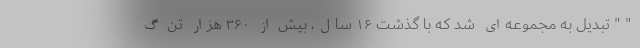
" " تبدیل به مجموعه‌ای شد که با گذشت ١۶ سال، بیش از ٣۶٠ هزار تن گ